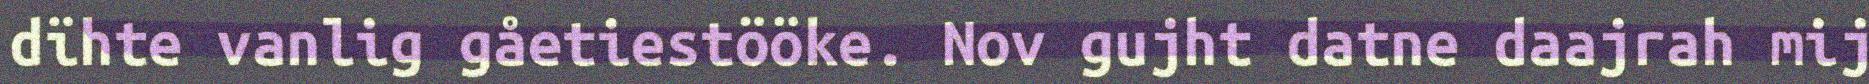
dïhte vanlig gåetiestööke. Nov gujht datne daajrah mij